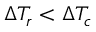
\Delta T _ { r } < \Delta T _ { c }